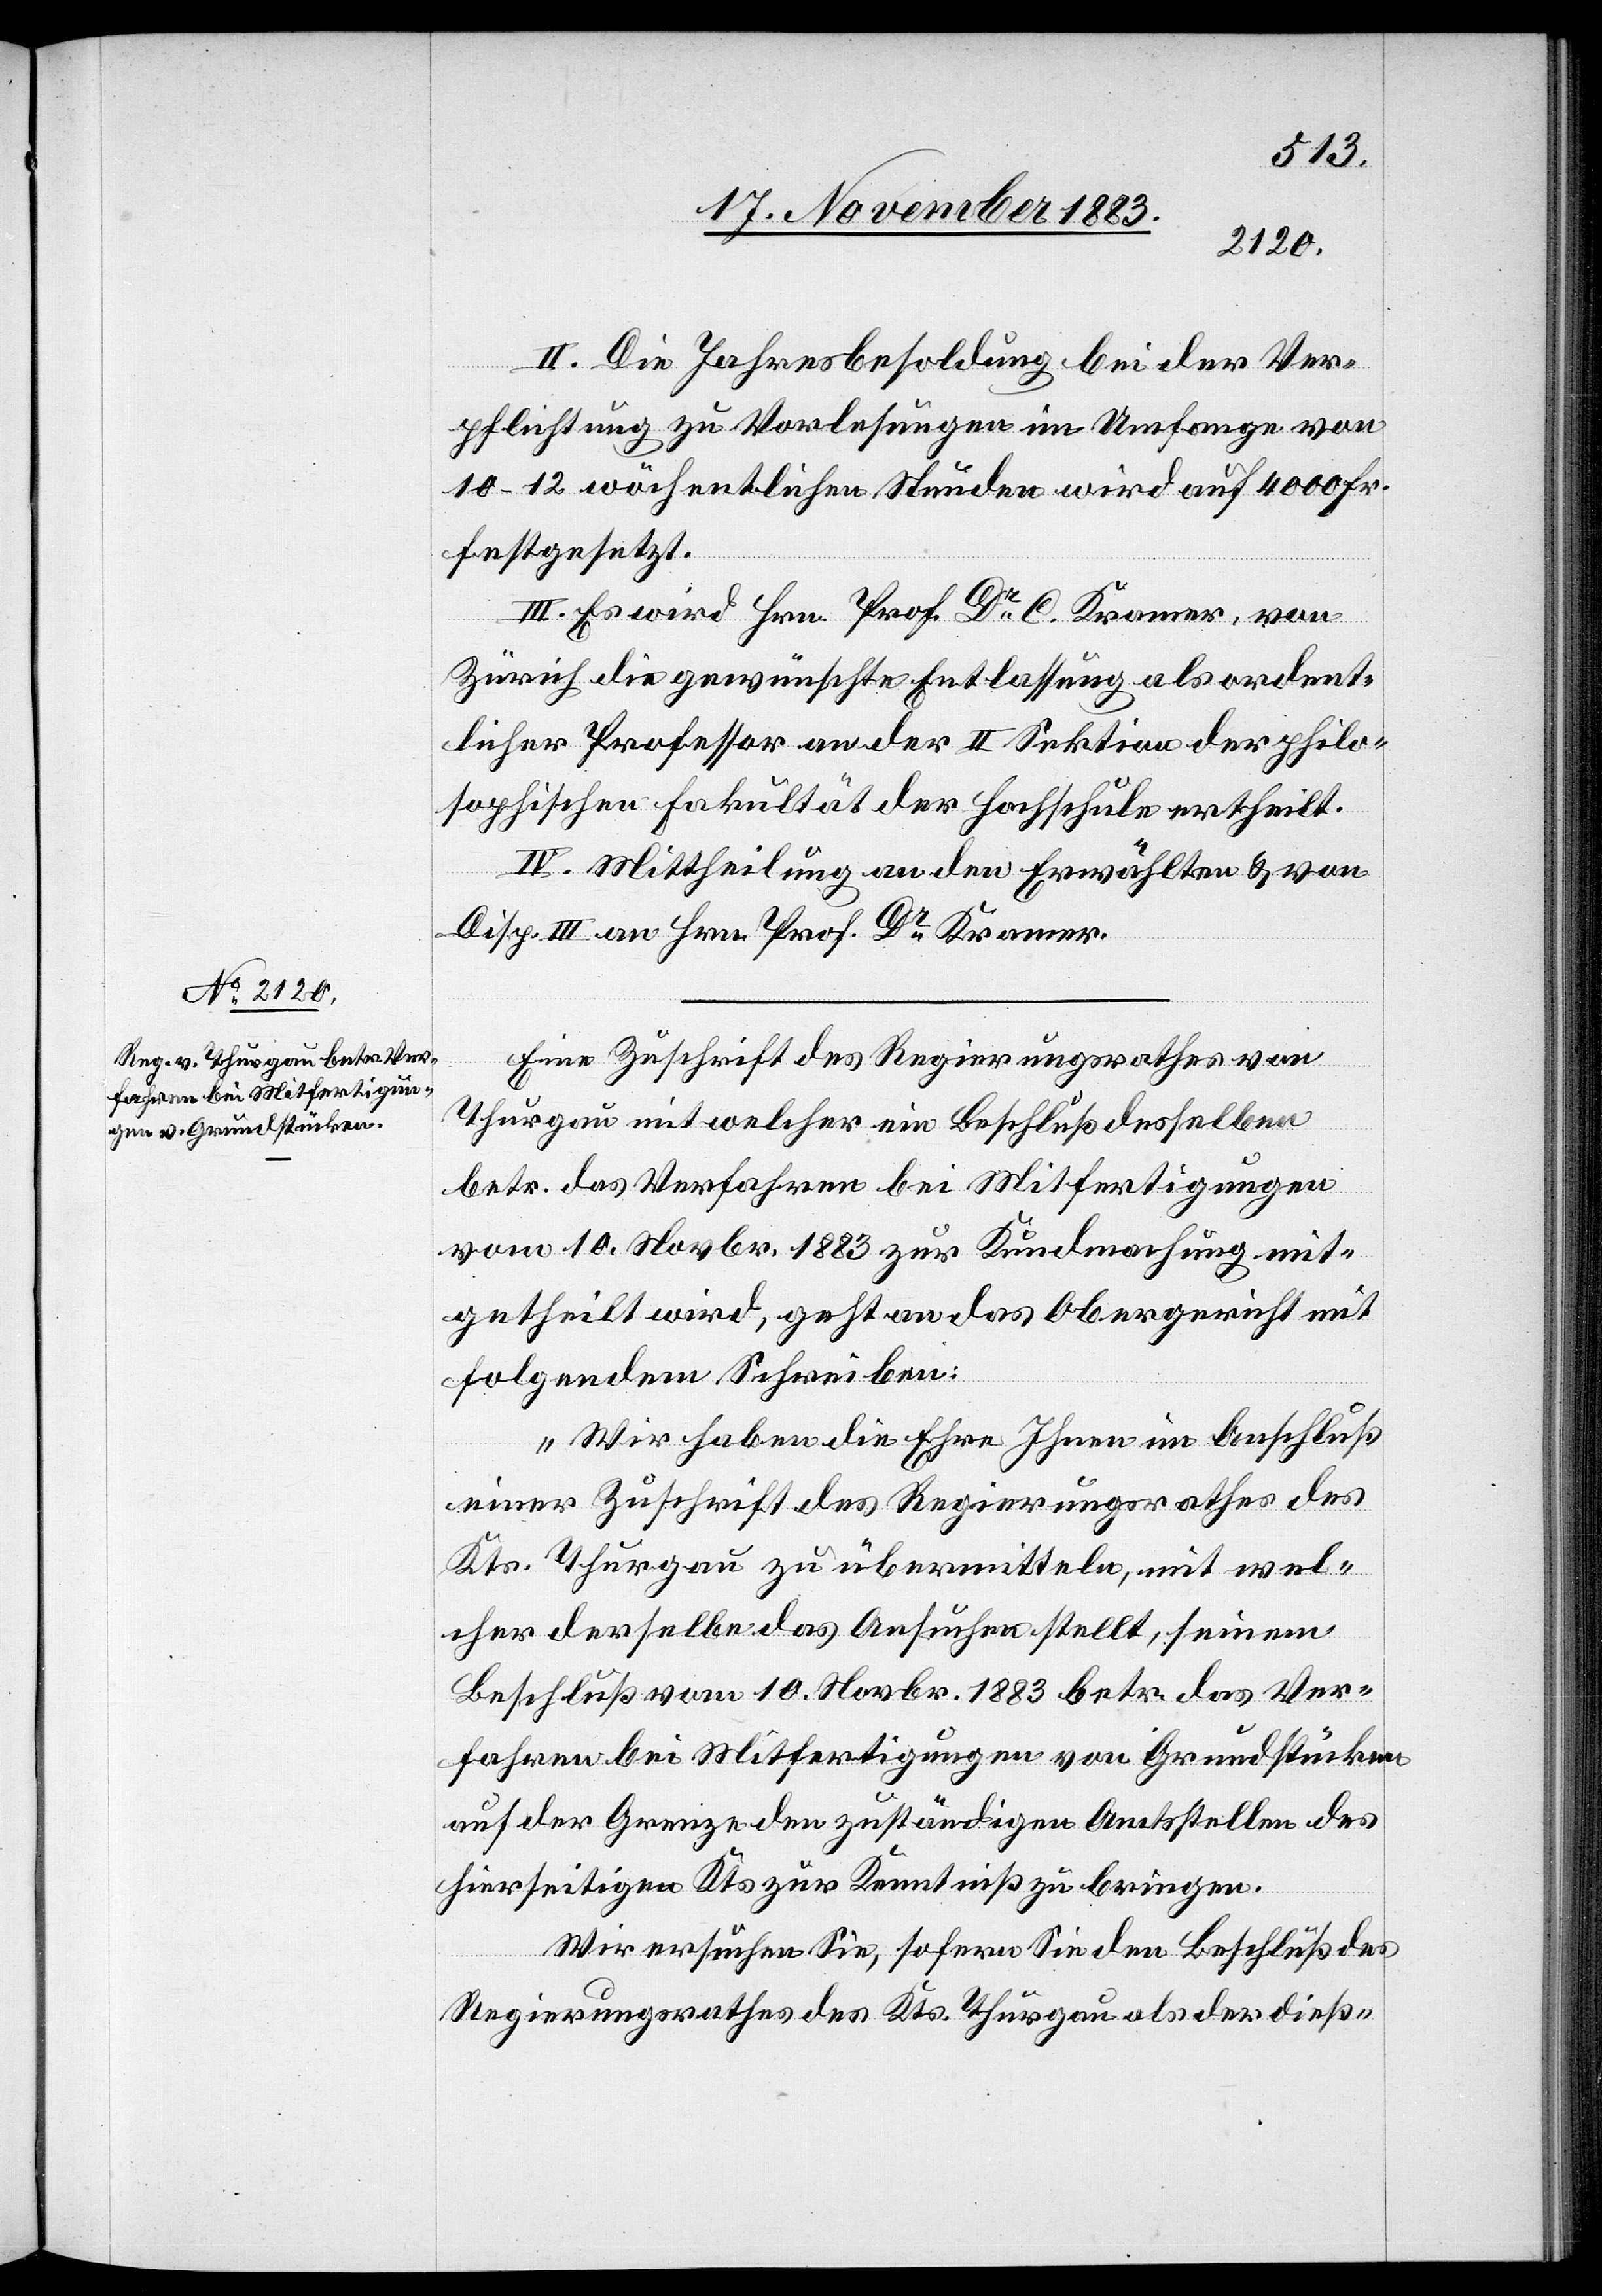
II. Die Jahresbesoldung bei der Ver¬
pflichtung zu Vorlesungen im Umfange von
10–12 wöchentlichen Stunden wird auf 4000 Fr.
festgesetzt.
III. Es wird Hrn. Prof. Dr C. Kramer, von
Zürich die gewünschte Entlassung als ordent¬
licher Professor an der II. Sektion der philo¬
sophischen Fakultät der Hochschule ertheilt.
IV. Mittheilung an den Erwählten & von
Disp. III an Hrn. Prof. Dr Kramer.
Eine Zuschrift des Regierungsrathes von
Thurgau mit welcher ein Beschluß desselben
betr. das Verfahren bei Mitfertigungen
vom 10. Novbr. 1883 zur Kundmachung mit¬
getheilt wird, geht an das Obergericht mit
folgendem Schreiben:
„Wir haben die Ehre Ihnen im Anschluß
einer Zuschrift des Regierungsrathes des
Kts. Thurgau zu übermitteln, mit wel¬
cher derselbe das Ansuchen stellt, seinem
Beschluß vom 10. Novbr. 1883 betr. das Ver¬
fahren bei Mitfertigungen von Grundstücken
auf der Grenze den zuständigen Amtsstellen des
hierseitigen Kts. zur Kenntniß zu bringen.
Wir ersuchen Sie, sofern Sie den Beschluß des
Regierungsrathes des Kts. Thurgau als der dieß-